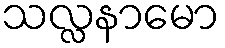
သလ္လနာမော